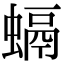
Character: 螎